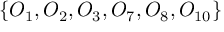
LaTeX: \{ O _ { 1 } , O _ { 2 } , O _ { 3 } , O _ { 7 } , O _ { 8 } , O _ { 1 0 } \}